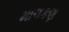
માલકણ